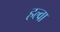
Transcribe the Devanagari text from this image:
हल्वा